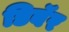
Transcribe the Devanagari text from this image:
डिबॅर